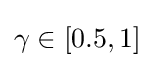
\gamma \in [0.5,1]